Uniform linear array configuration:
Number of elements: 8
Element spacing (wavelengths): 0.5
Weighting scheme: hamming
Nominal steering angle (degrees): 15
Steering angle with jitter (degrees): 16.607
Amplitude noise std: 0.05
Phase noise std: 0.05

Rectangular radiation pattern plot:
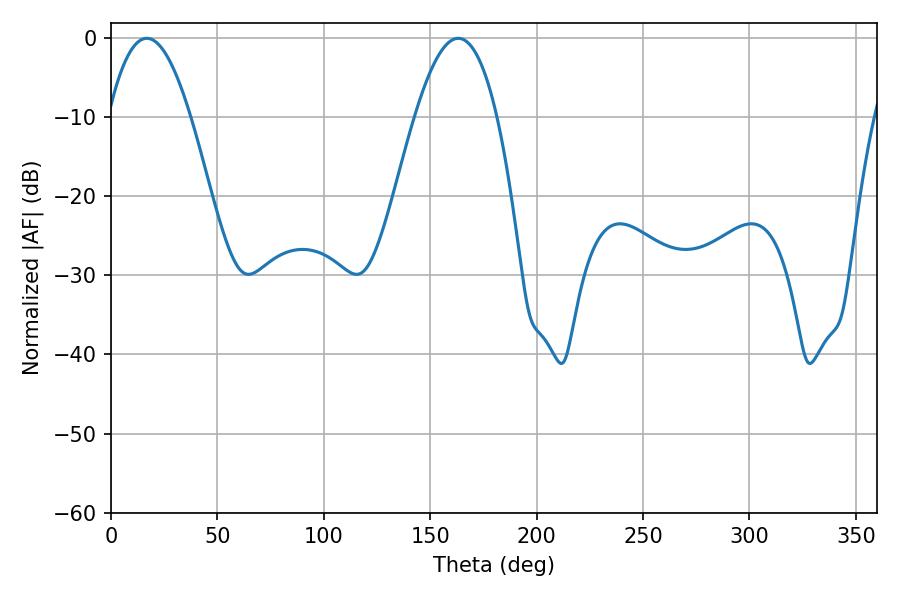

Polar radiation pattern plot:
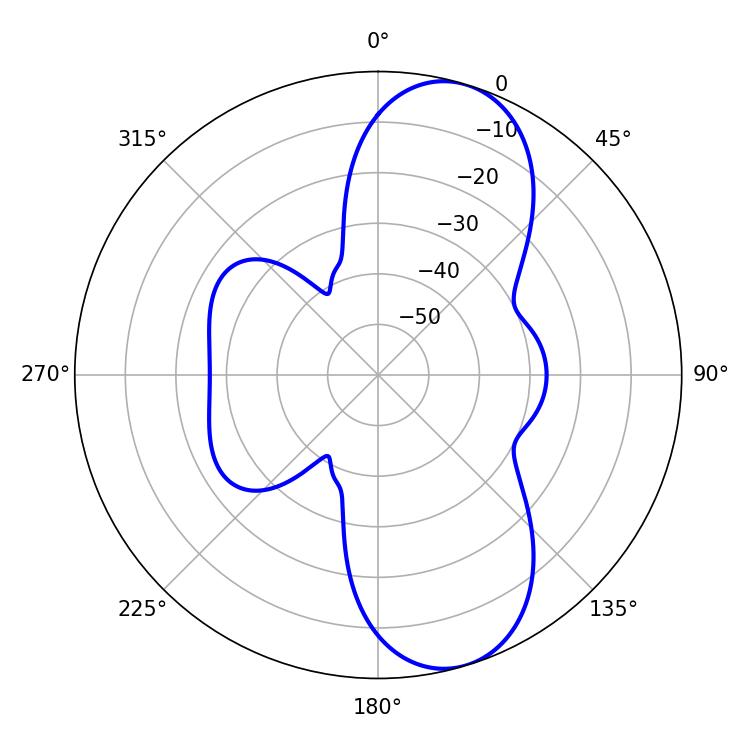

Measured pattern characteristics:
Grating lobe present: FALSE
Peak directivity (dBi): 9.299
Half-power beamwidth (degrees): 21.06
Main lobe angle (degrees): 16.74